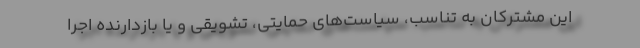
این مشترکان به تناسب، سیاست‌های حمایتی، تشویقی و یا بازدارنده اجرا